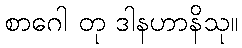
စာဂေါ တု ဒါနဟာနိသု။